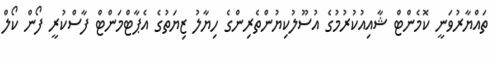
ތައްޔާރުވަނީ ކޮމެންޓް ޝާއިއުކުރުމުގެ އުސޫލުކިޔުންތެރިންގެ ހިޔާލު ޒިޔަތުގެ އެޕާޓްމަންޓް ފާސްކުރީ ފޯން ކޯލް